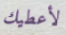
لأعطيك